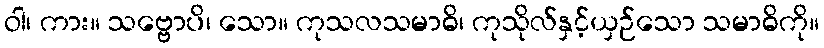
ဝါ၊ ကား။ သဗ္ဗောပိ၊ သော။ ကုသလသမာဓိ၊ ကုသိုလ်နှင့်ယှဉ်သော သမာဓိကို။